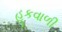
હૂકવાળી